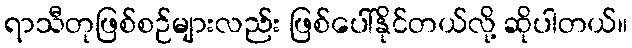
ရာသီတုဖြစ်စဉ်များလည်း ဖြစ်ပေါ်နိုင်တယ်လို့ ဆိုပါတယ်။